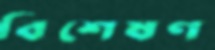
বিশেষণ